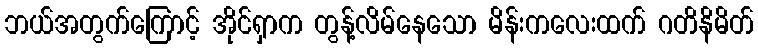
ဘယ်အတွက်ကြောင့် အိုင်ရှာက တွန့်လိမ်နေသော မိန်းကလေးထက် ဂတိနိမိတ်